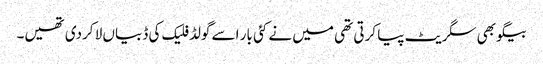
بیگو بھی سگریٹ پیا کرتی تھی میں نے کئی بار اسے گولڈ فلیک کی ڈبیاں لا کردی تھیں۔